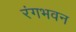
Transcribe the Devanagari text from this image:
रंगभवन